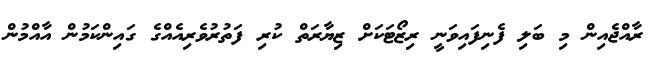
ރާއްޖެއިން މި ބަލި ފެނިފައިވަނީ ރިޒޯޓަކަށް ޒިޔާރަތް ކުރި ފަތުރުވެެރިއެއްގެ ގައިންކަމުން އާއްމުން